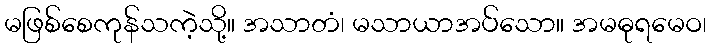
မဖြစ်စေကုန်သကဲ့သို့။ အသာတံ၊ မသာယာအပ်သော။ အမဓုရမေဝ၊